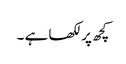
کچھ پر لکھا ہے ۔